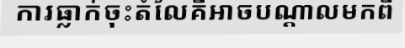
ការធ្លាក់ចុះតំលៃគឺអាចបណ្តាលមកពី